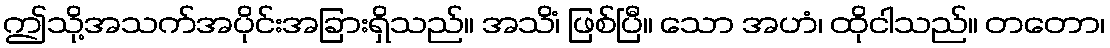
ဤသို့အသက်အပိုင်းအခြားရှိသည်။ အသိံ၊ ဖြစ်ပြီ။ သော အဟံ၊ ထိုငါသည်။ တတော၊